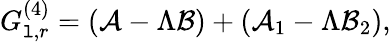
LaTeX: {G}_{\mathtt{l},r}^{(4)}=(\mathcal{{A}}-\Lambda\mathcal{{B}})+(\mathcal{{A}}_{1}-\Lambda\mathcal{{B}}_{2}),